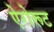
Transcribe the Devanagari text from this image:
ऐरोरूट